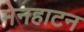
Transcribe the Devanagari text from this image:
मेनहाटन